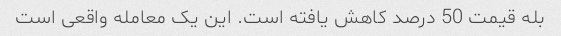
بله قیمت 50 درصد کاهش یافته است. این یک معامله واقعی است